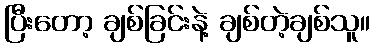
ပြီးတော့ ချစ်ခြင်းနဲ့ ချစ်တဲ့ချစ်သူ။